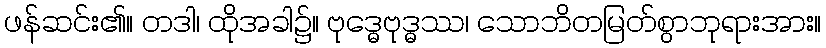
ဖန်ဆင်း၏။ တဒါ၊ ထိုအခါ၌။ ဗုဒ္ဓေဗုဒ္ဓဿ၊ သောဘိတမြတ်စွာဘုရားအား။